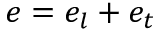
e = e _ { l } + e _ { t }